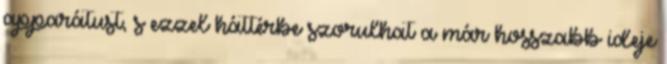
apparátust, s ezzel háttérbe szorulhat a már hosszabb ideje